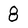
Character: 8